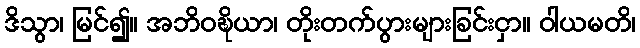
ဒိသွာ၊ မြင်၍။ အဘိဝဍ္ဎိယာ၊ တိုးတက်ပွားများခြင်းငှာ။ ဝါယမတိ၊